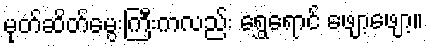
မုတ်ဆိတ်မွေးကြီးကလည်း ရွှေရောင် ဖျော့ဖျော့။